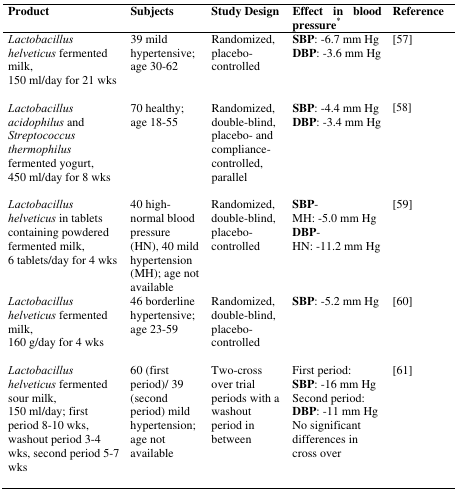
<table><thead><tr><td><b>Product</b></td><td><b>Subjects</b></td><td><b>Study Design</b></td><td><b>Effect in blood pressure*</b></td><td><b>Reference</b></td></tr></thead><tbody><tr><td><i>Lactobacillus helveticus</i> fermented milk, 150 ml/day for 21 wks</td><td>39 mild hypertensive; age 30–62</td><td>Randomized, placebo-controlled</td><td><b>SBP</b>: −6.7 mm Hg<b>DBP</b>: −3.6 mm Hg</td><td>[57]</td></tr><tr><td><i>Lactobacillus acidophilus</i> and <i>Streptococcus thermophilus</i> fermented yogurt, 450 ml/day for 8 wks</td><td>70 healthy; age 18–55</td><td>Randomized, double-blind, placebo- and compliance-controlled, parallel</td><td><b>SBP</b>: −4.4 mm Hg<b>DBP</b>: −3.4 mm Hg</td><td>[58]</td></tr><tr><td><i>Lactobacillus helveticus</i> in tablets containing powdered fermented milk, 6 tablets/day for 4 wks</td><td>40 high-normal blood pressure (HN), 40 mild hypertension (MH); age not available</td><td>Randomized, double-blind, placebo-controlled</td><td><b>SBP</b>- MH: −5.0 mm Hg<b>DBP</b>- HN: −11.2 mm Hg</td><td>[59]</td></tr><tr><td><i>Lactobacillus helveticus</i> fermented milk, 160 g/day for 4 wks</td><td>46 borderline hypertensive; age 23–59</td><td>Randomized, double-blind, placebo-controlled</td><td><b>SBP</b>: −5.2 mm Hg</td><td>[60]</td></tr><tr><td><i>Lactobacillus helveticus</i> fermented sour milk, 150 ml/day; first period 8–10 wks, washout period 3–4 wks, second period 5–7 wks</td><td>60 (first period)/39 (second period) mild hypertension; age not available</td><td>Two-cross over trial periods with a washout period in between</td><td>First period: <b>SBP</b>: −16 mm HgSecond period: <b>DBP</b>: −11 mm Hg No significant differences in cross over</td><td>[61]</td></tr></tbody></table>